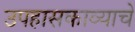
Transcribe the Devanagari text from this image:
उपहासकाव्याचे